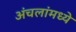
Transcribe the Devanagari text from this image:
अंचलांमध्ये